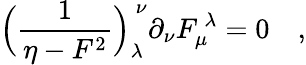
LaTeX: \Bigl({\frac{1}{\eta-F^{2}}}\Bigr)_{\lambda}^{\ \nu}\partial_{\nu}F_{\mu}^{\ \lambda}=0\quad,